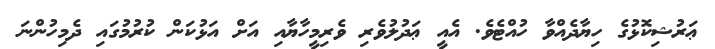
ޢަރުޝިކޮޅުގެ ހިޔާދެއްވާ ހުއްޓެވެ. އެއީ ޢަދުލުވެރި ވެރިމީހާޔާއި އަށް އަޅުކަން ކުރުމުގައި ދެމިހުންނަ